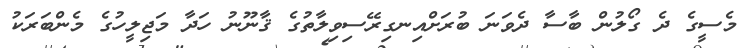
މެސީގެ ދެ ގޯލުން ބާސާ ދެވަނަ ބުރަށްއިނގިރޭސިވިލާތުގެ ޤާނޫނު ހަދާ މަޖިލީހުގެ މެންބަރަކު